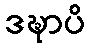
ဒဍ္ဎာပိ